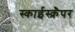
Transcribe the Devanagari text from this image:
स्काईस्क्रैपर